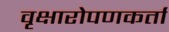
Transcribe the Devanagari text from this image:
वृक्षारोपणकर्ता